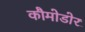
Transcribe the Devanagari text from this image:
कौमोडोर